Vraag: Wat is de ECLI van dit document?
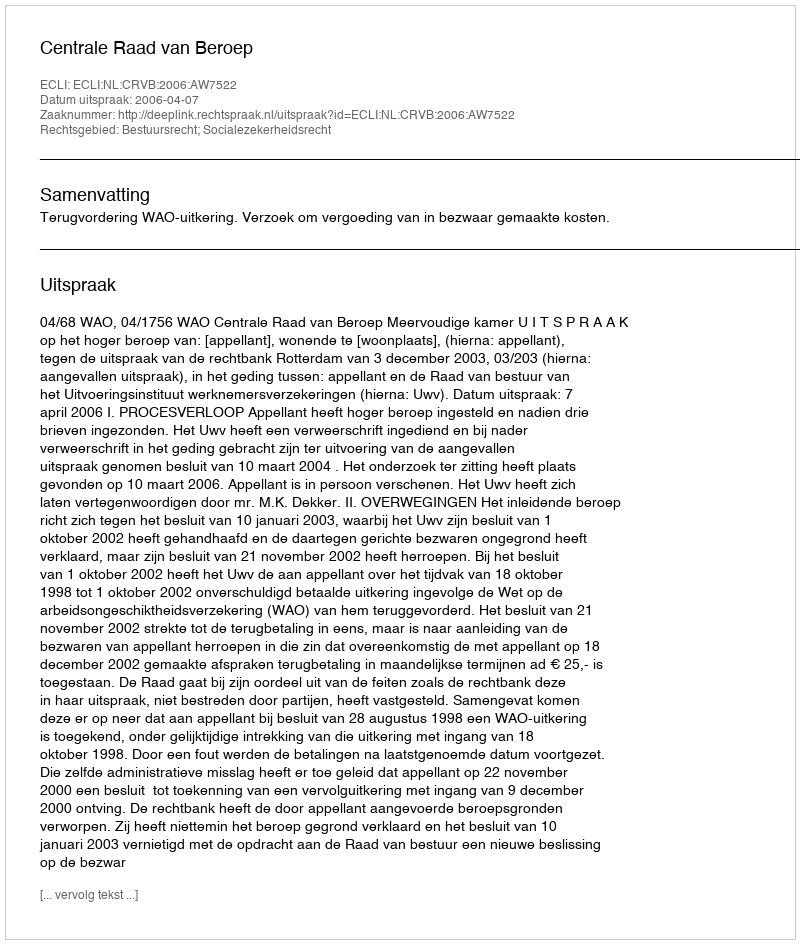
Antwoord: ECLI:NL:CRVB:2006:AW7522